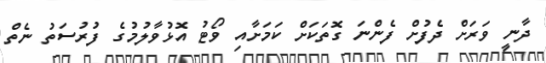
ދާނީ ވަރަށް ދެފުށް ފެންނަ ގޮތަކަށް ކަމަށާއި ވޯޓު އޮޅުވާލުމުގެ ފުރުސަތު ނެތް